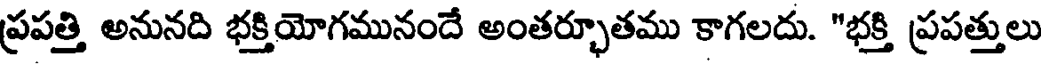
ప్రపత్తి అనునది భక్తియోగమునందే అంతర్భూతము కాగలదు. "భక్తి ప్రపత్తులు